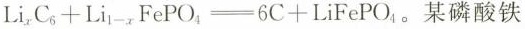
$$Li_{x}C_{6}+Li_{1-x}FePO_{4}=6C+LiFePO_{4}$$。某磷酸铁